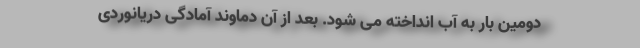
دومین بار به آب انداخته می شود. بعد از آن دماوند آمادگی دریانوردی